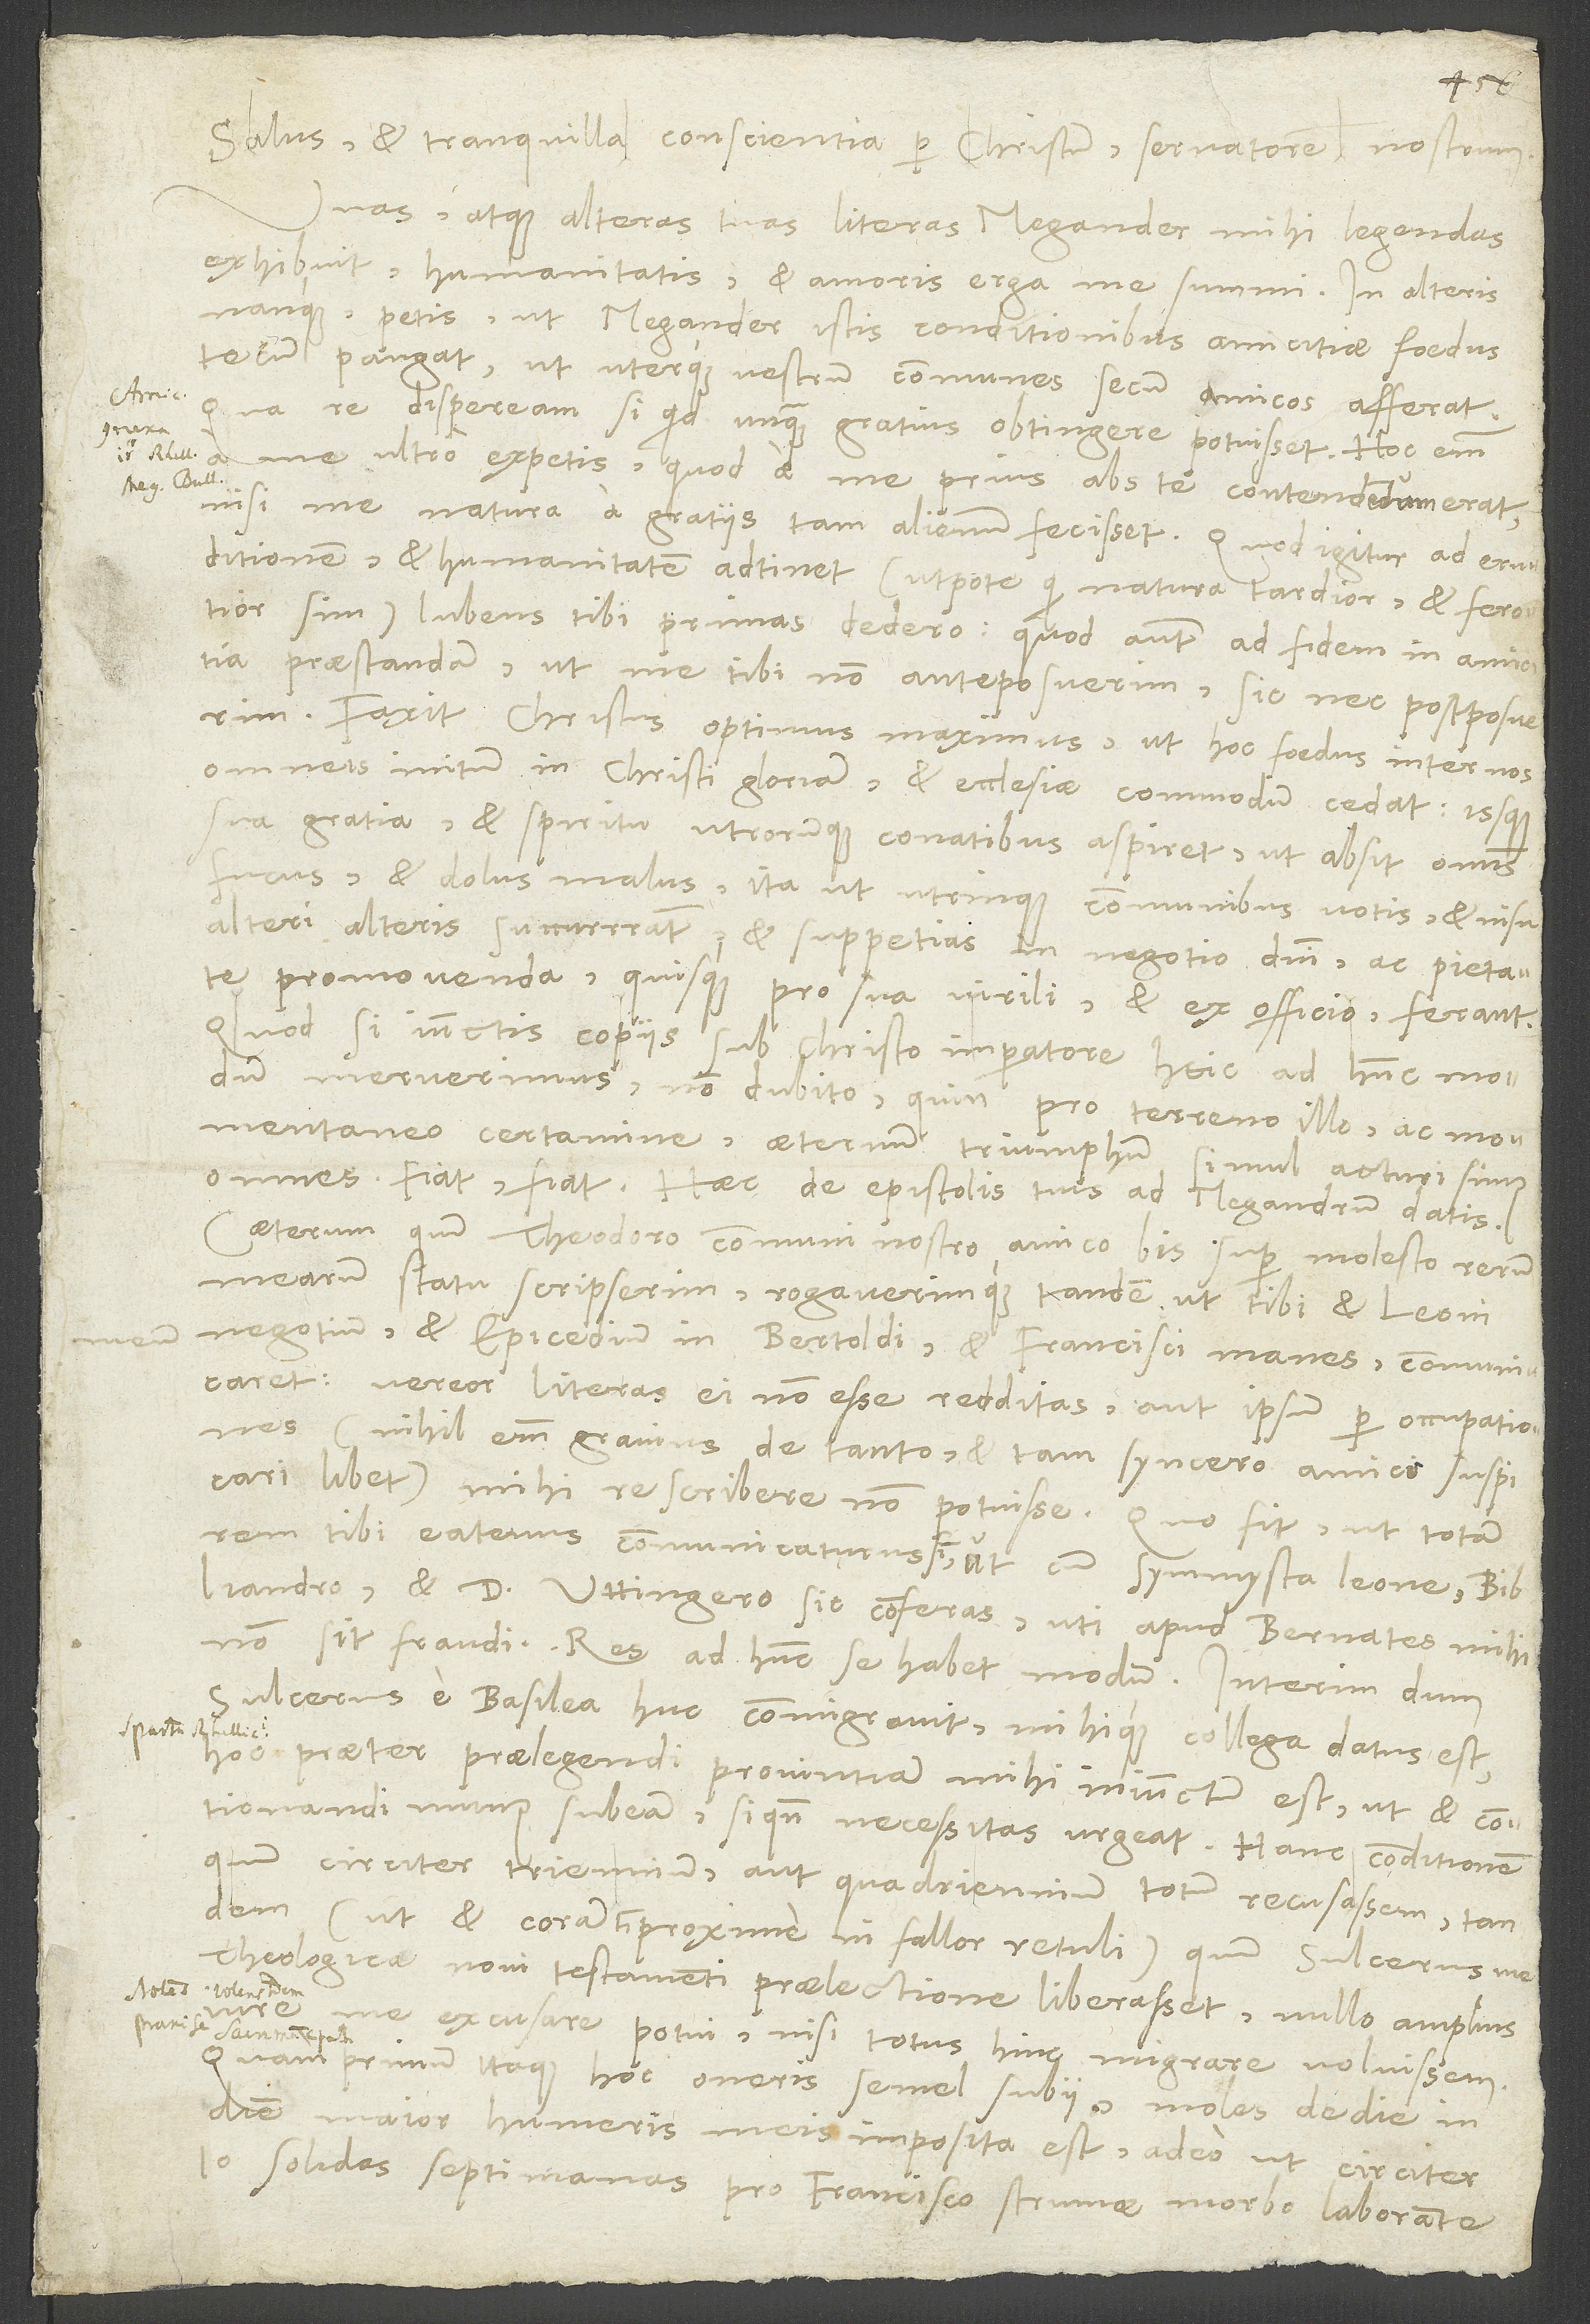
Salus et tranquilla conscientia per Christum, servatorem nostrum.
Unas atque alteras literas Megander mihi legendas
exhibuit humanitatis et amoris erga me summi. In alteris
nanque petis, ut Megander istis conditionibus amicitiae foedus
tecum pangat, ut uterque vestrum communes secum amicos afferat,
qua re dispeream, si quid unquam gratius obtingere potuisset. Hoc enim
me ultro expetis, quod a me prius abs te contendendum erat,
nisi me natura a gratiis tam alienum fecisset. Quod igitur ad eruditionem
et humanitatem adtinet (utpote qui natura tardior et ferotior
sim), lubens tibi primas dedero; quod autem ad fidem in amicitia
praestandam, ut me tibi non anteposuerim, sic nec postposuerim.
Faxit Christus optimus maximus, ut hoc foedus inter nos
omneis initum in Christi gloriam et ecclesiae commodum cedat, issque
sua gratia et spiritu utrorumque conatibus aspiret, ut absit omnis
fucus et dolus malus, ita ut utrinque communibus votis et nisu
alteri alteris succurrant et suppetias in negotio domini ac pietate
promovenda quisque pro sua virili et ex officio ferant.
Quodsi iunctis copiis sub Christo imperatore heic ad hunc modum
meruerimus, non dubito, quin pro terreno illo ac
momentaneo certamine aeternum triumphum simul acturi simus
omnes. Fiat, fiat! Haec de epistolis tuis ad Megandrum datis.
Caeterum quum Theodoro, communi nostro amico, bis super molesto rerum
mearum statu scripserim rogaverimque tandem, ut tibi et Leoni
negotium et epicedium in Bertoldi et Francisci manes communicaret,
vereror literas ei non esse redditas aut ipsum per occupationes
(nihil enim gravius de tanto et tam syncero amico suspicari
libet) mihi rescribere non potuisse. Quo fit, ut totam
rem tibi eatenus communicaturus sim, ut cum symmysta Leone, Bibliandro
et d. Uttingero sic conferas, uti apud Bernates mihi
non sit fraudi. Res ad hunc se habet modum: Interim dum
Sulcerus e Basilea huc commigravit mihique collega datus est,
hoc praeter praelegendi provintiam mihi iniunctum est, ut et contionandi
munus subeam, si quando necessitas urgeat. Hanc conditionem
quum circiter triennium aut quadriennium totum recusassem, tandem
(ut et coram tibi proxime, ni fallor, retuli), quum Sulcerus me
theologica novi testamenti praelectione liberasset, nullo amplius
iure me excusare potui, nisi totus hinc migrare voluissem.
Quam primum itaque hoc oneris semel subii, moles de die in
diem major humeris meis imposita est, adeo ut circiter
solidas septimanas pro Francisco strumae morbo laborante